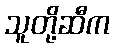
သူတို့ဆီက